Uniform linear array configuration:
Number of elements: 8
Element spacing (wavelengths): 0.5
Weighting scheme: hann
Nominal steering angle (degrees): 45
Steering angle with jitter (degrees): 43.316
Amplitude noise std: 0.05
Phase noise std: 0.05

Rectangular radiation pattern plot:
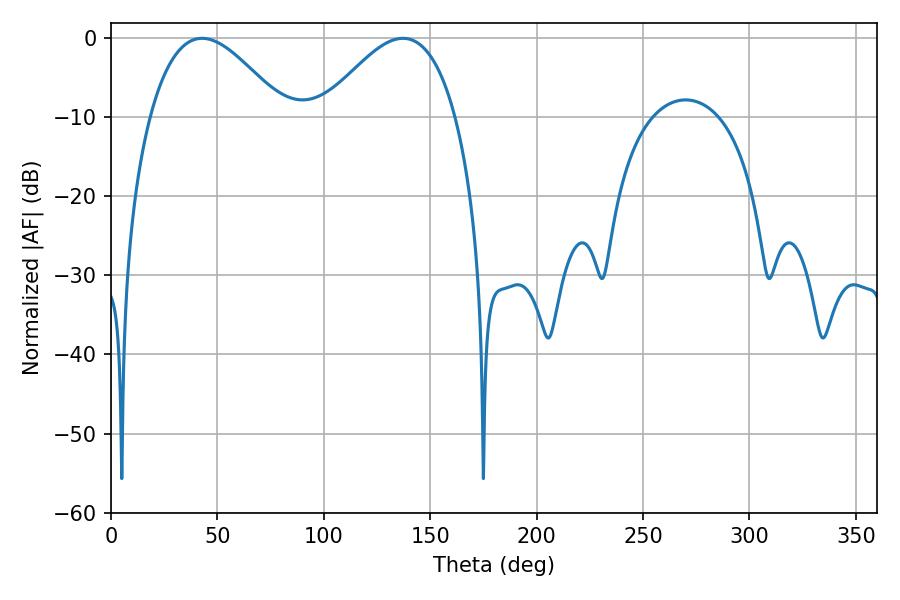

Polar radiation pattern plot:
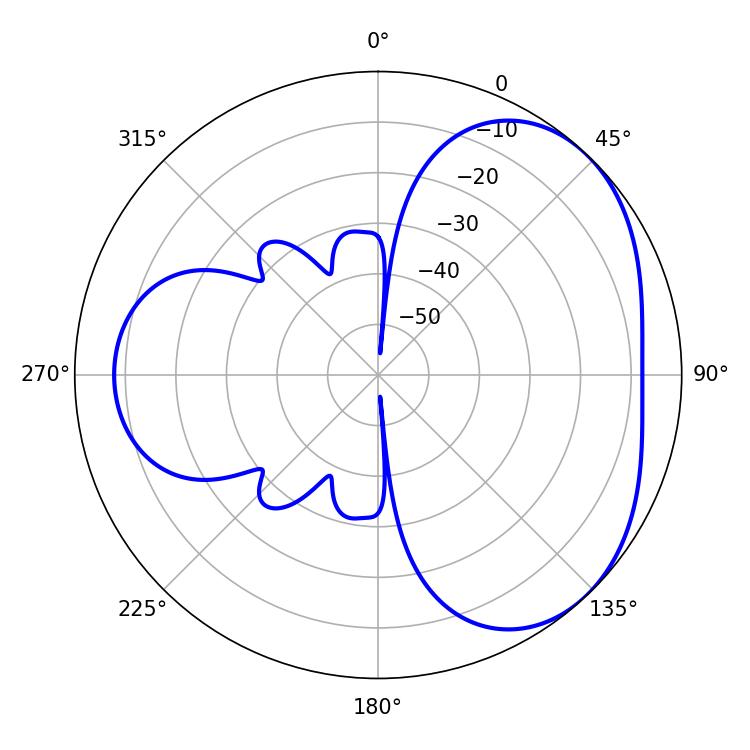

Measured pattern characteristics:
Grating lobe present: FALSE
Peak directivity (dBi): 3.704
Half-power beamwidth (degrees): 34.02
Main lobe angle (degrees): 42.84